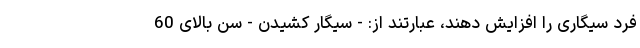
فرد سیگاری را افزایش دهند، عبارتند از: - سیگار کشیدن - سن بالای 60